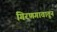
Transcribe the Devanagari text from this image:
गिरणगावातून